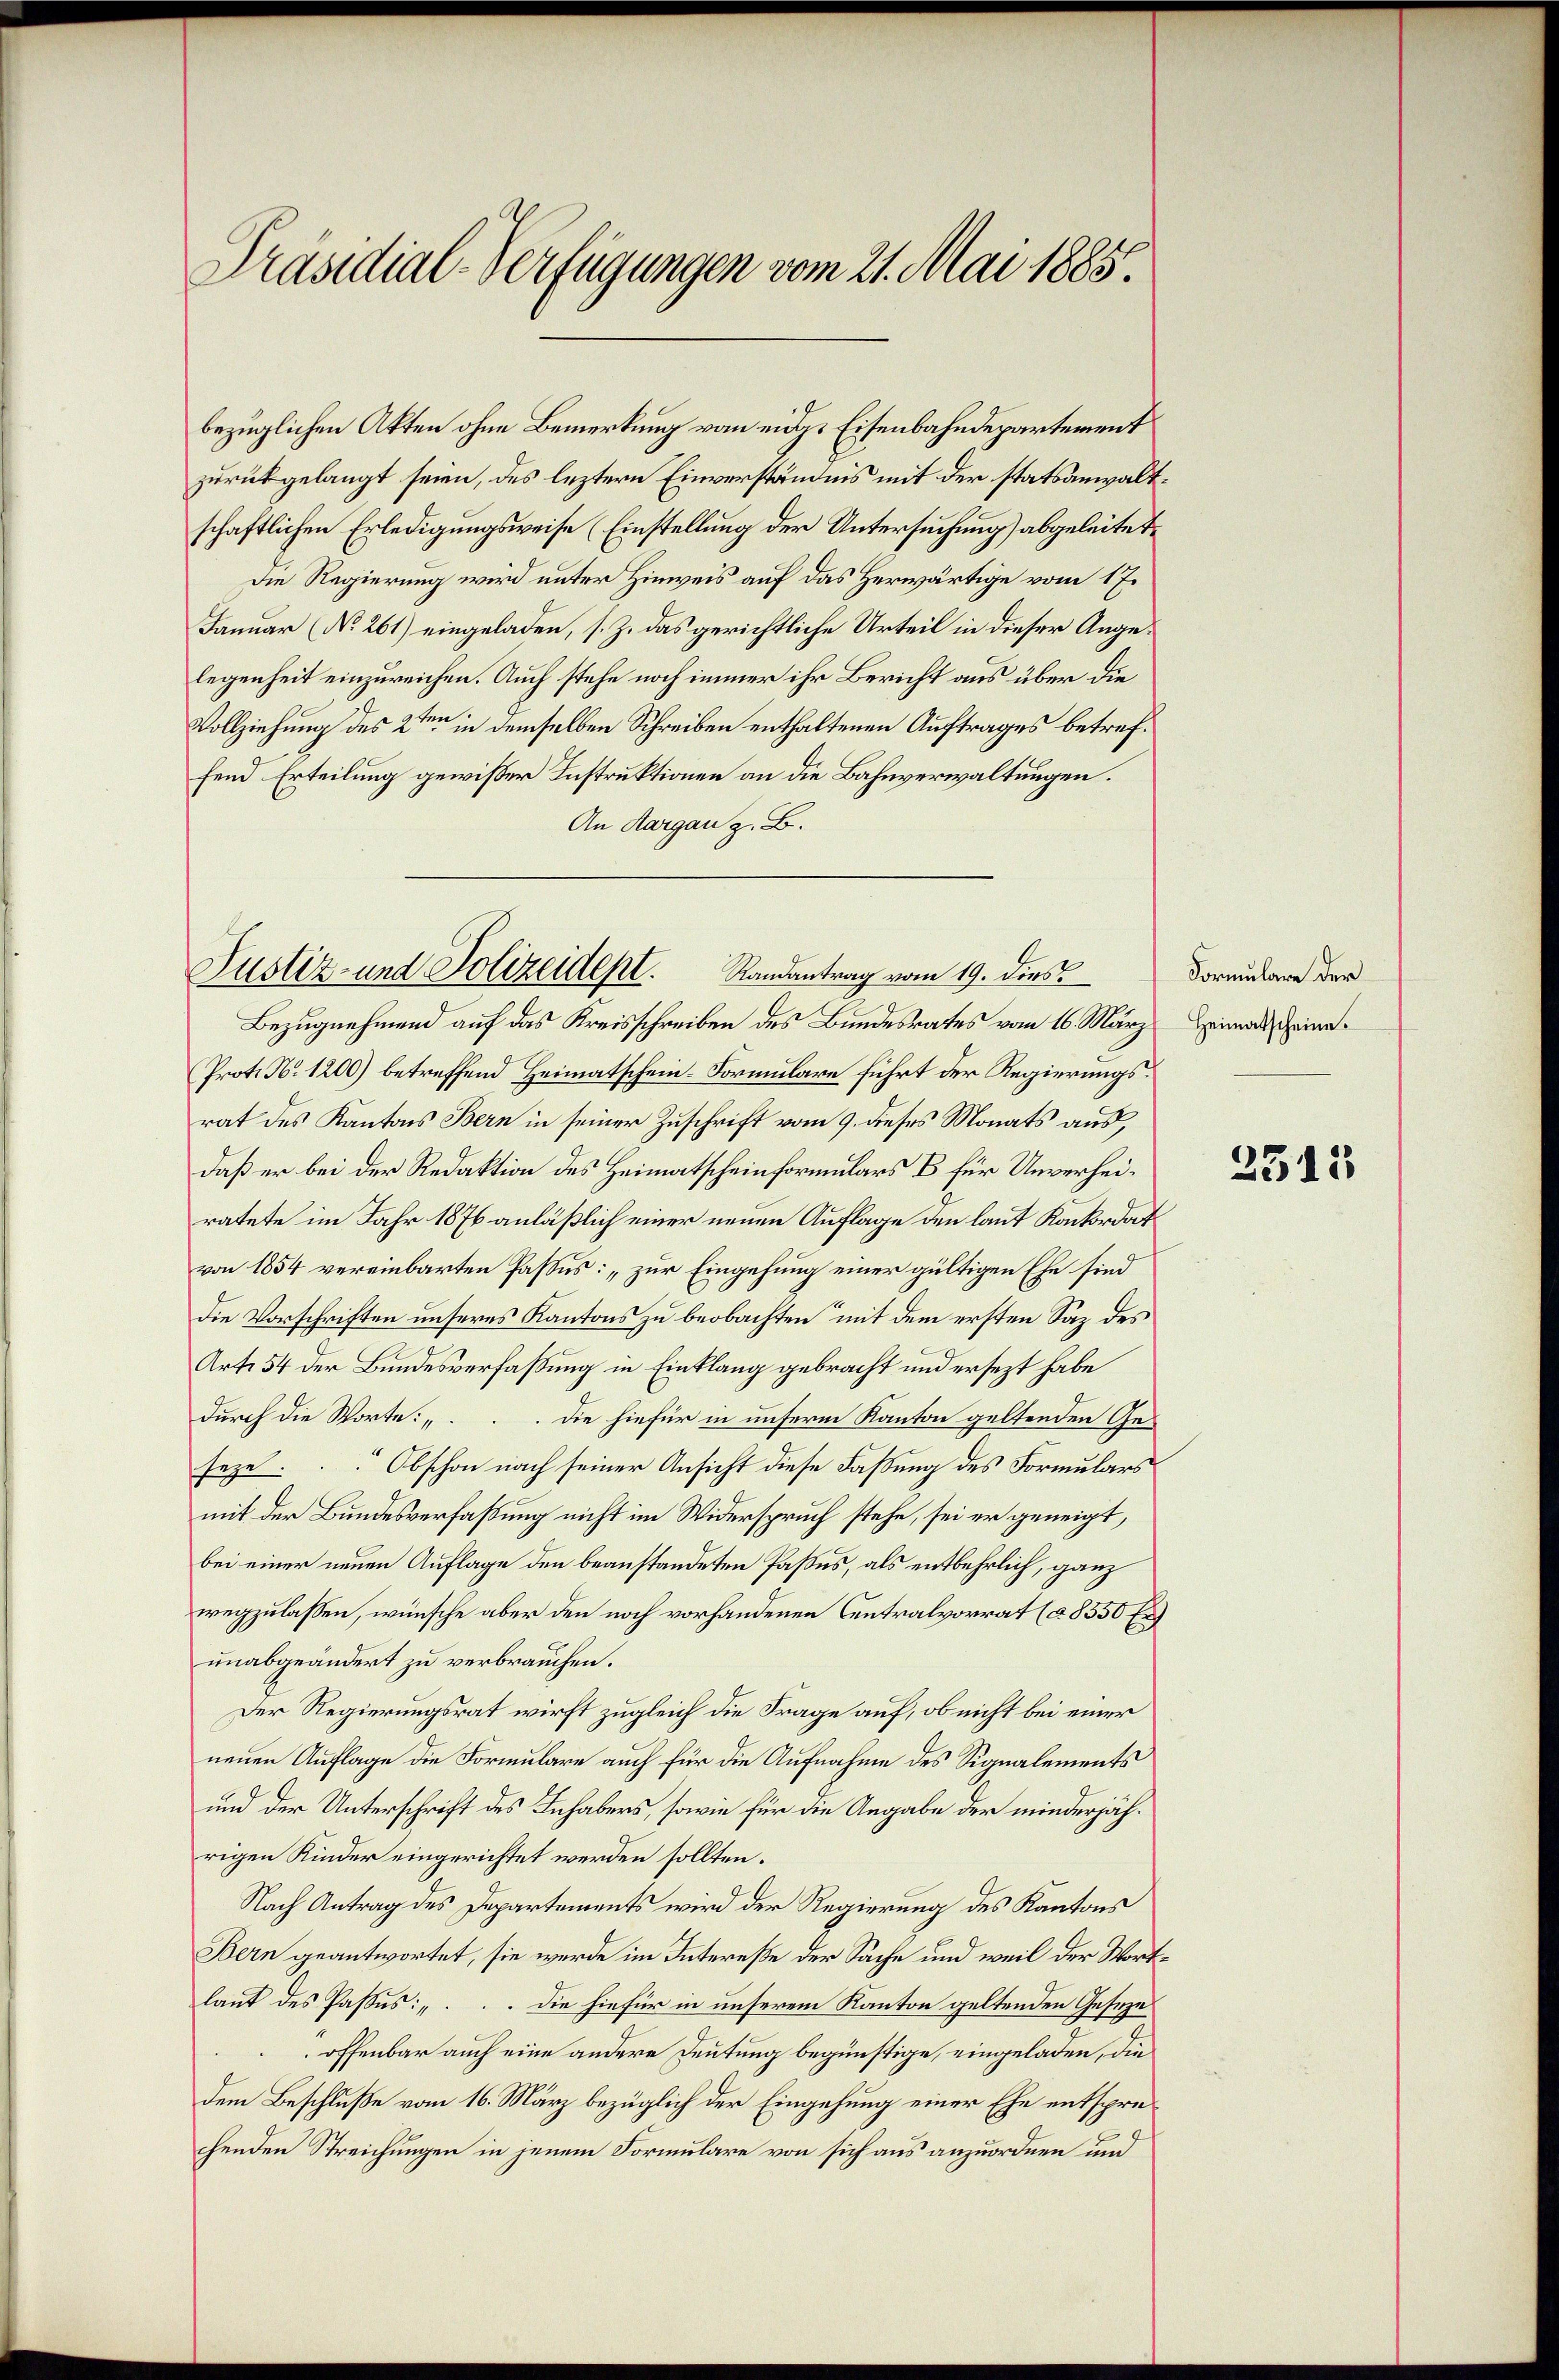
Präsidial-Verfügungen vom 21. Mai 1885.

bezüglichen Akten ohne Bemerkung vom eidgs Eisenbahndepartement
zurückgelangt seien, des leztern Einverständnis mit der statsanwaltschaftlichen Erledigungsweise (Einstellung der Untersuchung) abgeleitet
Die Regierung wird unter Hinweis auf das Herwärtige vom 17.
Januar (No. 261) eingeladen, s. Z. das gerichtliche Urteil in dieser Angelegenheit einzureichen. Auch stehe noch immer ihr Bericht aus über die
Vollziehung des 2ten in demselben Schreiben enthaltenen Auftrages betreffend Erteilung gewisser Instruktionen an die Bahnverwaltungen.
An Aargau z. B.

Justiz- und Polizeidept. Randantrag vom 19. dies

Bezugnehmend auf das Kreisschreiben des Bundesrates vom 16. März Heimatscheina
Prot. N. 1200) betreffend Heimatschein-Formulare führt der Regierungsrat des Kantons Bern in seiner Zuschrift vom 9. dieses Monats aus
daß er bei der Redaktion des Heimatscheinformulars B für Unverheiratete im Jahr 1876 anläßlich einer neuen Auflage den laut Konkordat
von 1854 vereinbarten Passus: „zur Eingehung einer gültigen Ehe sind
die Vorschriften unseres Kantons zu beobachten mit dem ersten Saz des
Art. 54 der Bundesverfaßung in Einklang gebracht und ersezt habe
durch die Worte: „
Die hiefür in unserm Kanton geltenden Geseze Obschon nach seiner Ansicht diese Faßung des Formulars
mit der Bundesverfaßung nicht im Widerspruch stehe, sei er geneigt,
bei einer neuen Auflage den beanstandeten Paßes, als entbehrlich, ganz
wegzulassen, wünsche aber den noch vorhandenen Centralvorrat (à 8550 Er
unabgeändert zu verbrauchen.
Der Regierungsrat wirft zugleich die Frage auf, ob nicht bei einer
neuen Auflage die Formulare auch für die Aufnahme des Signalements
und der Unterschrift des Inhabers, sowie für die Angabe der minderjährigen Kinder eingerichtet werden sollten.
Nach Antrag des Departements wird der Regierung des Kantons
Bern geantwortet, sie werde im Intereße der Sache und weil der Wortlaut des Passus: ". Die hiefür in unserem Kanton geltenden Geseze
offenbar auch eine andere Deutung begünstige, eingeladen, die
dem Beschluße vom 16. März bezüglich der Eingehung einer Ehe entsprechenden Streichungen in jenem Formulare von sich aus anzuordnen und

Formulare der

2515